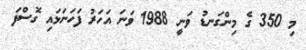
މި 350 ގެ މިންގަނޑު ވަނީ 1988 ވަނަ އަހަރު ފަހަނަޅައި ގޮސްފަ